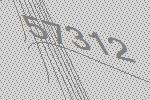
57312